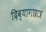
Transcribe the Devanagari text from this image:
दिव्यागछात्र